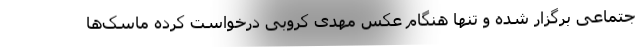
جتماعی برگزار شده و تنها هنگام عکس مهدی کروبی درخواست کرده ماسک‌ها